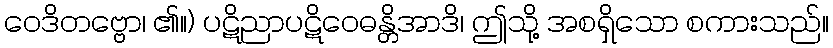
ဝေဒိတဗ္ဗော၊ ၏။) ပဋိညာပဋိဝေဓန္တိအာဒိ၊ ဤသို့ အစရှိသော စကားသည်။